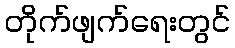
တိုက်ဖျက်ရေးတွင်